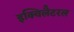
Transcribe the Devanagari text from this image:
इक्विलैटरल